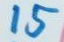
15